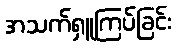
အသက်ရှူကြပ်ခြင်း